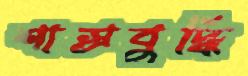
শাস্রবুদ্ধি